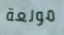
مولعة